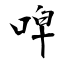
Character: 唕